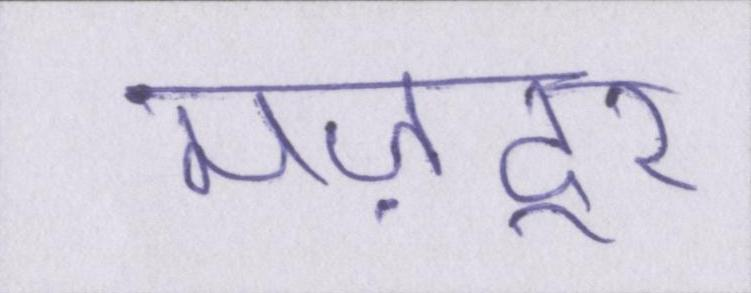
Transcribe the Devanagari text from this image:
मज़दूर